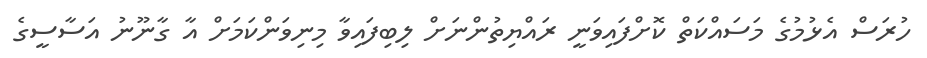
ހުރަސް އެޅުމުގެ މަސައްކަތް ކޮށްފައިވަނީ ރައްޔިތުންނަށް ލިބިފައިވާ މިނިވަންކަމަށް އާ ގާނޫނު އަސާސީގެ